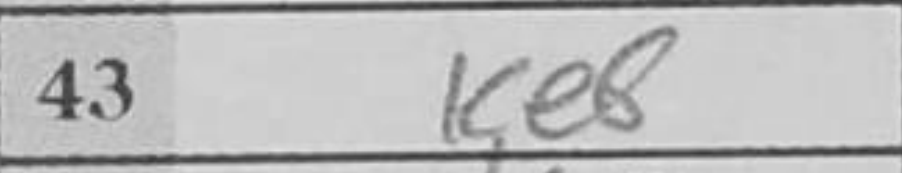
Transcription: Ke8